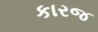
કારજ